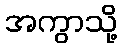
အကွာသို့